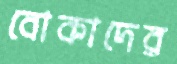
বোকাদের